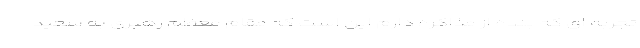
تجربه ای که بنده از مذاکره دارم این است که مقام معظم رهبری به سعید